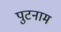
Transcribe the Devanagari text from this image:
पुटनाम